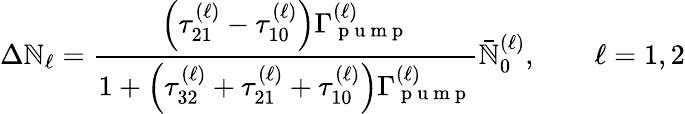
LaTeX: \Delta\mathbb{N}_{\ell}=\frac{{\left(\tau_{21}^{(\ell)}-\tau_{10}^{(\ell)}\right)\Gamma_{\mathrm{{~p~u~m~p~}}}^{(\ell)}}}{{1+\left(\tau_{32}^{(\ell)}+\tau_{21}^{(\ell)}+\tau_{10}^{(\ell)}\right)\Gamma_{\mathrm{{~p~u~m~p~}}}^{(\ell)}}}\bar{{\mathbb{N}}}_{0}^{(\ell)},\qquad\ell=1,2